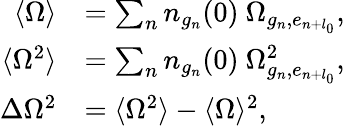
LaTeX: \begin{array}{rl}{\langle\Omega\rangle}&{=\sum_{n}n_{g_{n}}(0)\ \Omega_{g_{n},e_{n+l_{0}}},}\\ {\langle\Omega^{2}\rangle}&{=\sum_{n}n_{g_{n}}(0)\ \Omega_{g_{n},e_{n+l_{0}}}^{2},}\\ {\Delta\Omega^{2}}&{=\langle\Omega^{2}\rangle-\langle\Omega\rangle^{2},}\end{array}